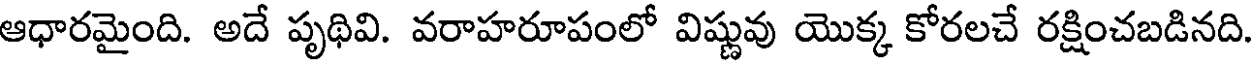
ఆధారమైంది. అదే పృథివి. వరాహరూపంలో విష్ణువు యొక్క కోరలచే రక్షించబడినది